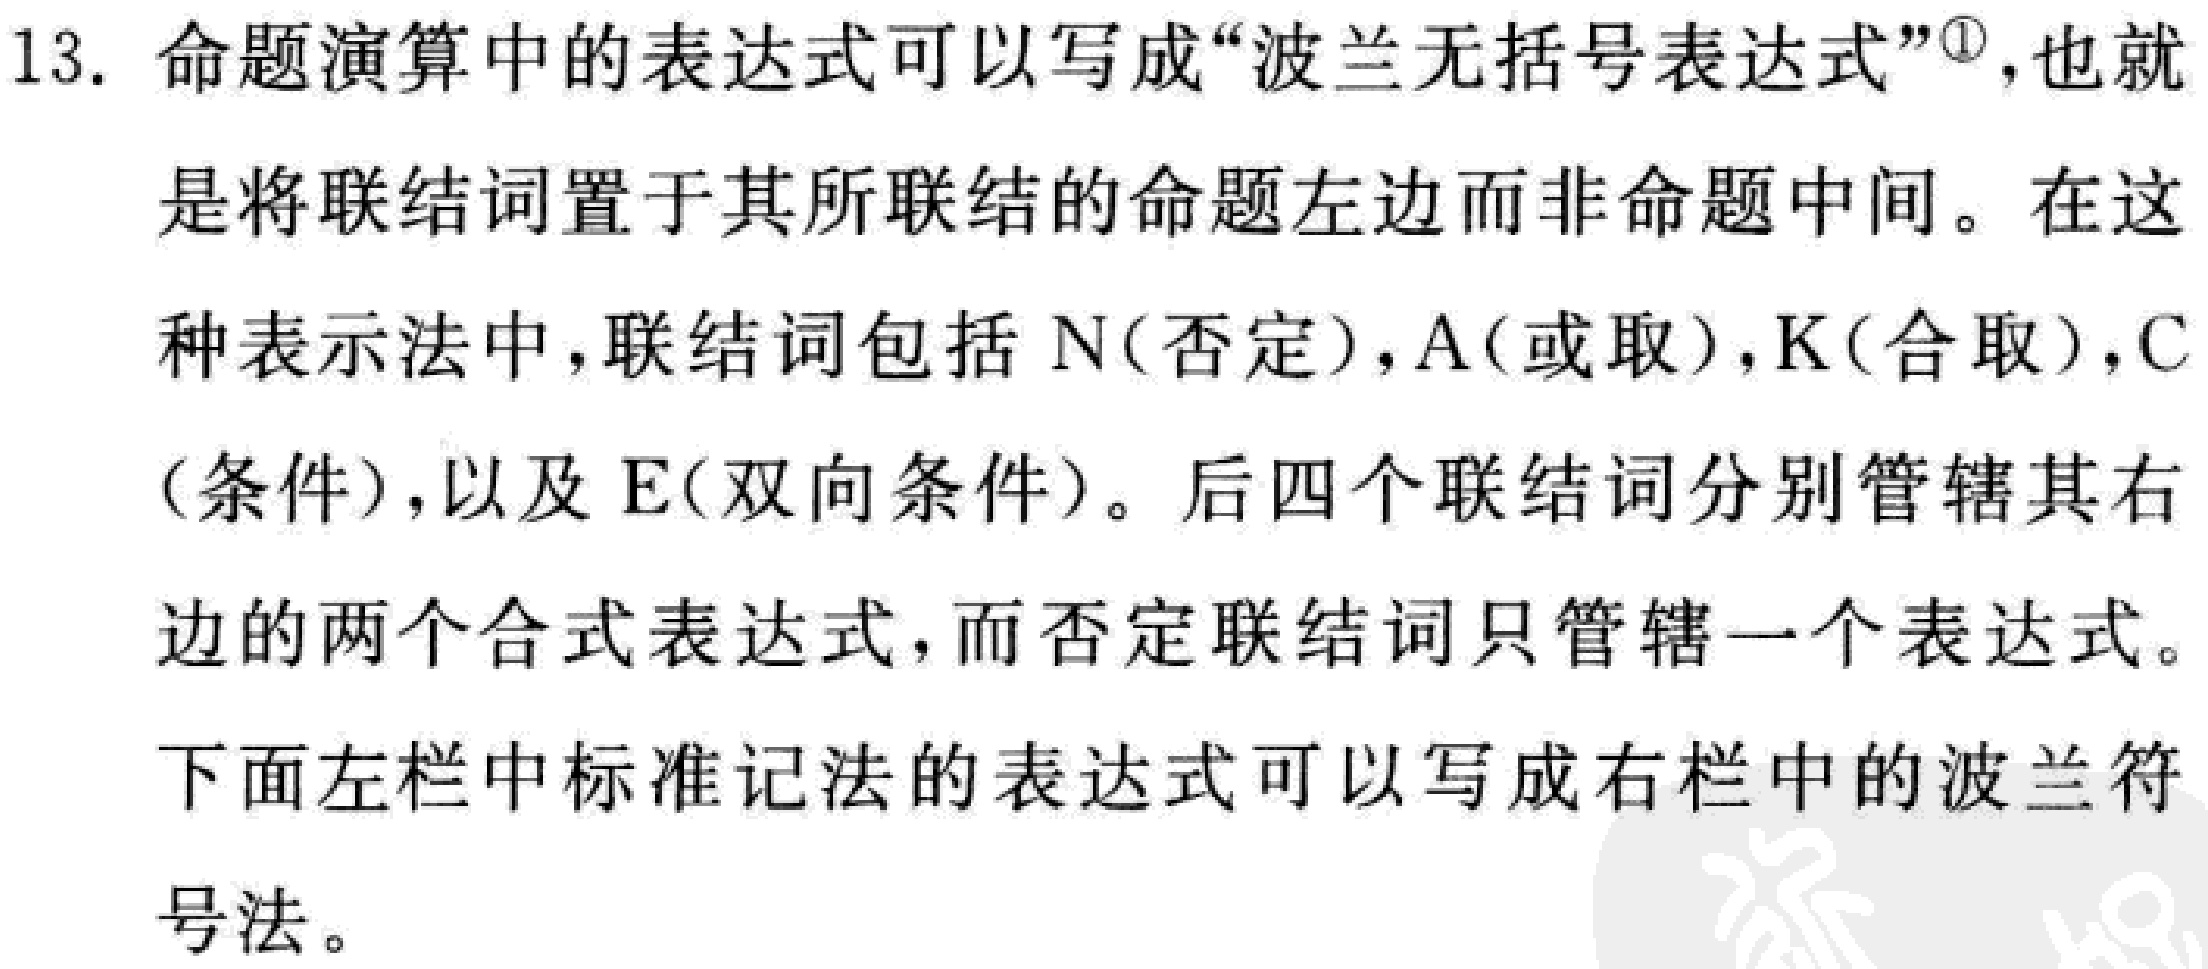
13. 命题演算中的表达式可以写成“波兰无括号表达式”\textsuperscript{\textcircled{1}}，也就是将联结词置于其所联结的命题左边而非命题中间。在这种表示法中，联结词包括 \(N\)（否定），\(A\)（或取），\(K\)（合取），\(C\)（条件），以及 \(E\)（双向条件）。后四个联结词分别管辖其右边的两个合式表达式，而否定联结词只管辖一个表达式。

下面左栏中标准记法的表达式可以写成右栏中的波兰符号法。